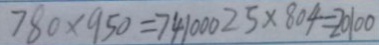
7 8 0 \times 9 5 0 = 7 4 1 0 0 0 2 5 \times 8 0 4 = 2 0 1 0 0